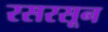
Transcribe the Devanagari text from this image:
रसरसून